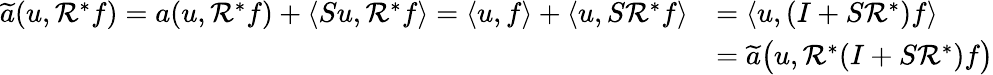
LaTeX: \begin{array}{rl}{\widetilde{a}(u,\mathcal{R}^{*}f)=a(u,\mathcal{R}^{*}f)+\langle Su,\mathcal{R}^{*}f\rangle=\langle u,f\rangle+\langle u,S\mathcal{R}^{*}f\rangle}&{=\langle u,(I+S\mathcal{R}^{*})f\rangle}\\ &{=\widetilde{a}\big(u,\mathcal{R}^{*}(I+S\mathcal{R}^{*})f\big)}\end{array}